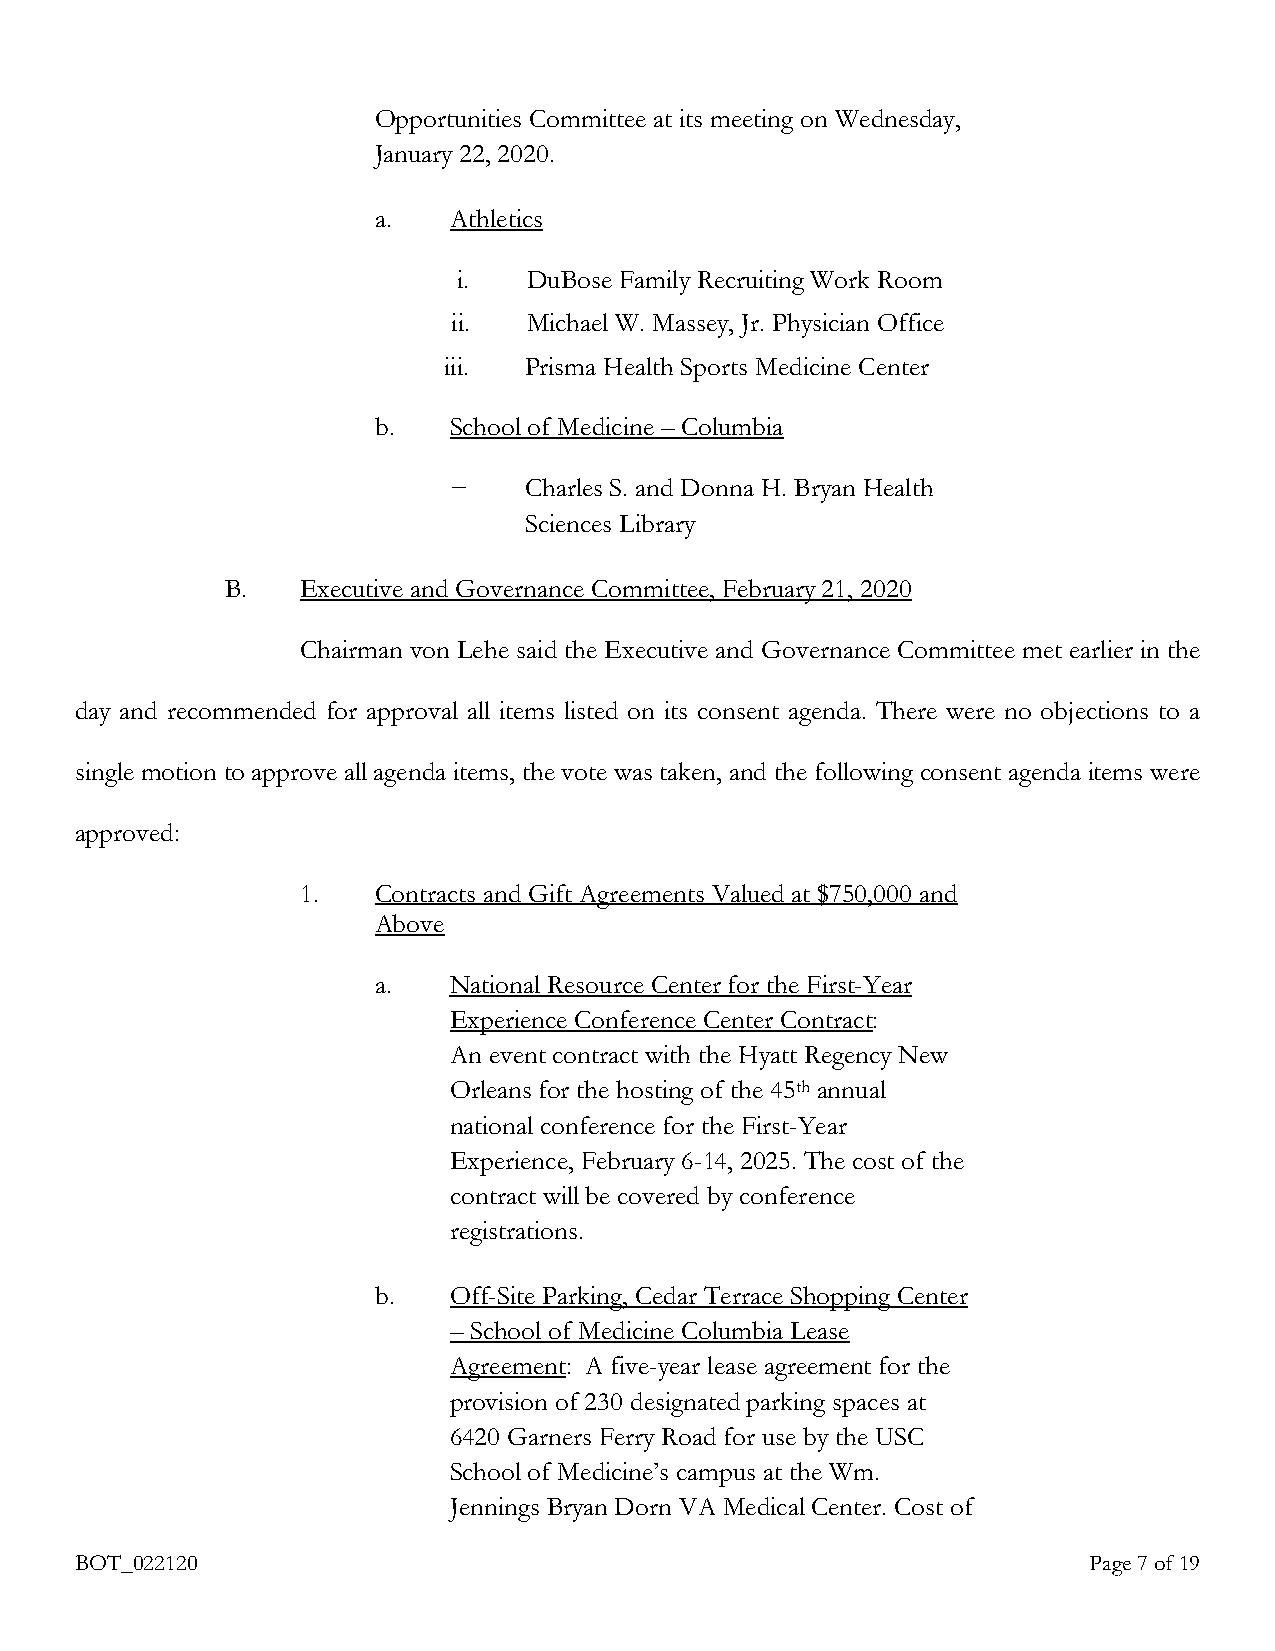
Opportunities Committee at its meeting on Wednesday,
 January 22, 2020.
 a.   Athletics
 i.   DuBose Family Recruiting Work Room
 ii.  Michael W. Massey, Jr. Physician Office
 iii.  Prisma Health Sports Medicine Center
 b.   School of Medicine – Columbia
 −    Charles S. and Donna H. Bryan Health
 Sciences Library
 B.   Executive and Governance Committee, February 21, 2020
 Chairman von Lehe said the Executive and Governance Committee met earlier in the
 day and recommended for approval all items listed on its consent agenda. There were no objections to a
 single motion to approve all agenda items, the vote was taken, and the following consent agenda items were
 approved:
 1.   Contracts and Gift Agreements Valued at $750,000 and
 Above
 a.   National Resource Center for the First-Year
 Experience Conference Center Contract:
 An event contract with the Hyatt Regency New
 Orleans for the hosting of the 45th annual
 national conference for the First-Year
 Experience, February 6-14, 2025. The cost of the
 contract will be covered by conference
 registrations.
 b.   Off-Site Parking, Cedar Terrace Shopping Center
 – School of Medicine Columbia Lease
 Agreement: A five-year lease agreement for the
 provision of 230 designated parking spaces at
 6420 Garners Ferry Road for use by the USC
 School of Medicine’s campus at the Wm.
 Jennings Bryan Dorn VA Medical Center. Cost of
 BOT_022120                                                         Page 7 of 19